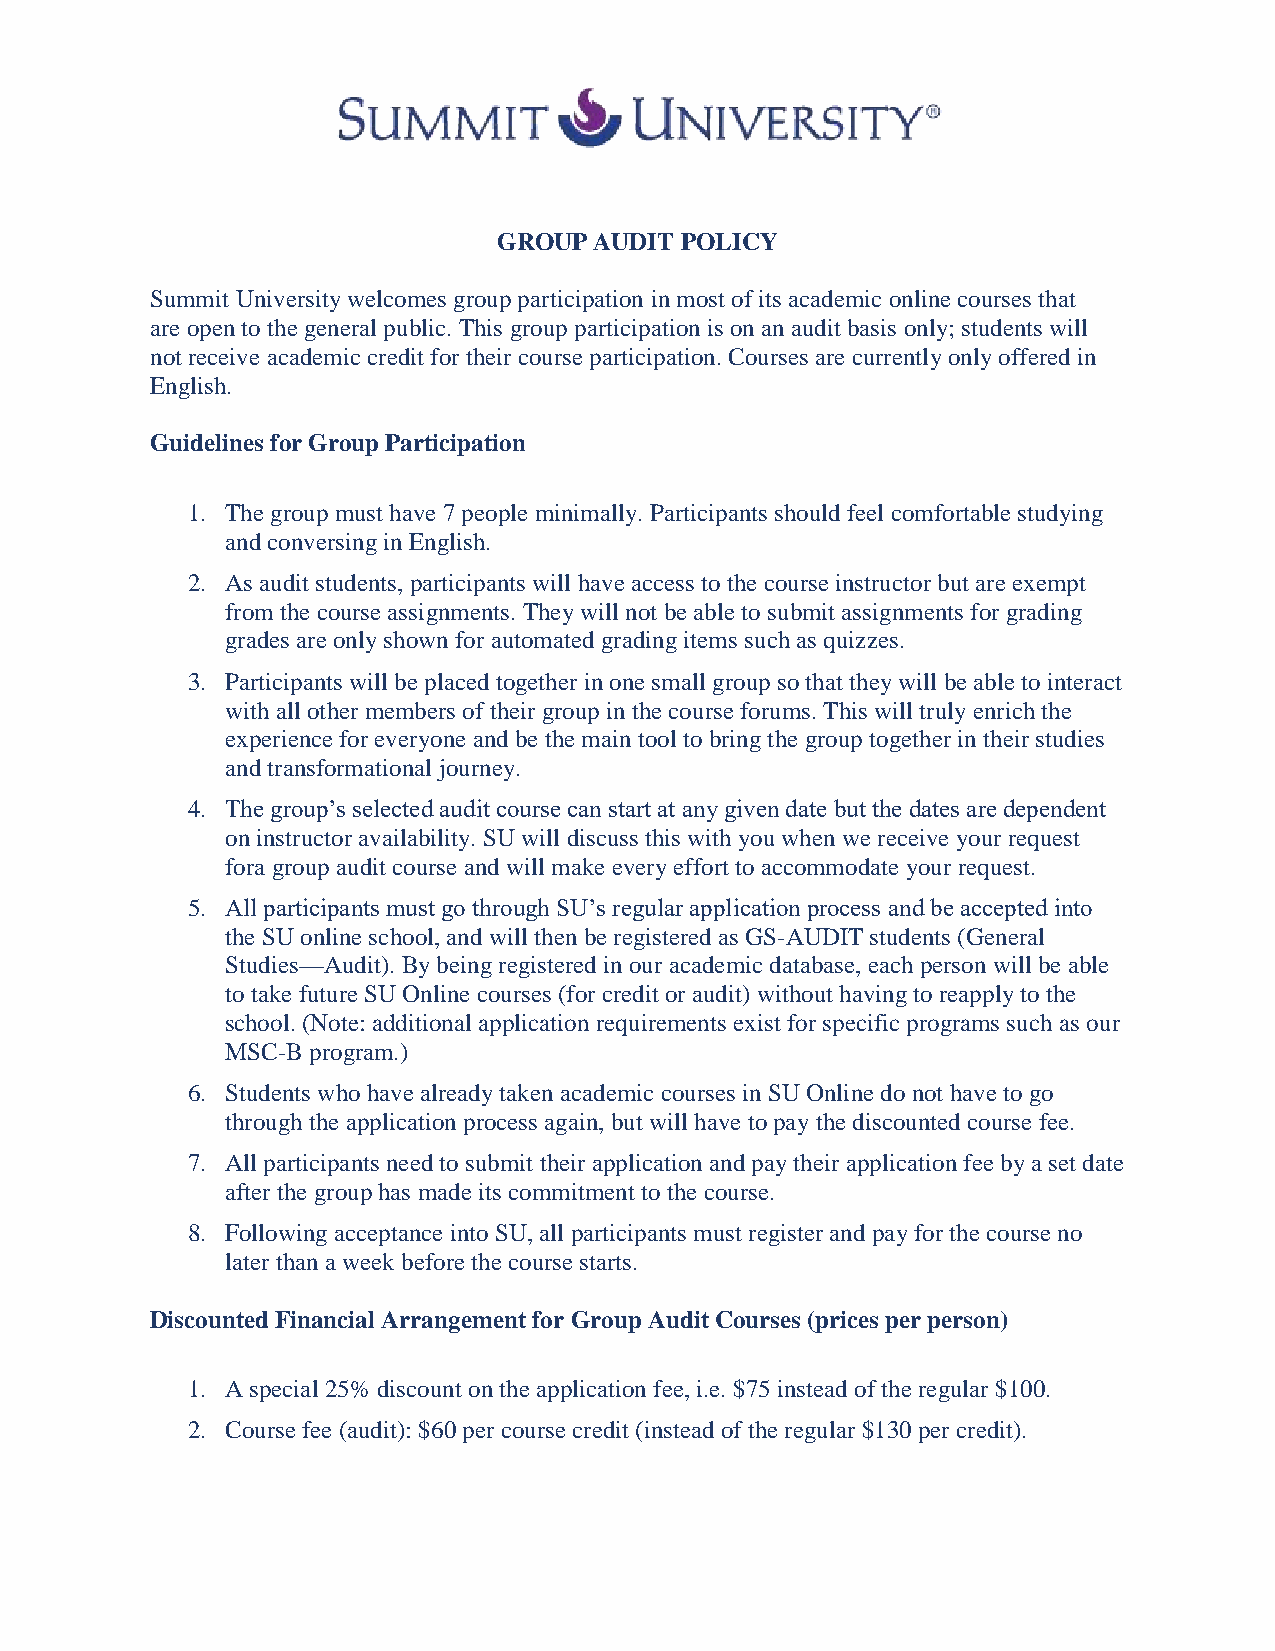
GROUP AUDIT POLICY
 Summit University welcomes group participation in most of its academic online courses that
 are open to the general public. This group participation is on an audit basis only; students will
 not receive academic credit for their course participation. Courses are currently only offered in
 English.
 Guidelines for Group Participation
 1. The group must have 7 people minimally. Participants should feel comfortable studying
 and conversing in English.
 2. As audit students, participants will have access to the course instructor but are exempt
 from the course assignments. They will not be able to submit assignments for grading
 grades are only shown for automated grading items such as quizzes.
 3. Participants will be placed together in one small group so that they will be able to interact
 with all other members of their group in the course forums. This will truly enrich the
 experience for everyone and be the main tool to bring the group together in their studies
 and transformational journey.
 4. The group’s selected audit course can start at any given date but the dates are dependent
 on instructor availability. SU will discuss this with you when we receive your request
 fora group audit course and will make every effort to accommodate your request.
 5. All participants must go through SU’s regular application process and be accepted into
 the SU online school, and will then be registered as GS-AUDIT students (General
 Studies—Audit). By being registered in our academic database, each person will be able
 to take future SU Online courses (for credit or audit) without having to reapply to the
 school. (Note: additional application requirements exist for specific programs such as our
 MSC-B program.)
 6. Students who have already taken academic courses in SU Online do not have to go
 through the application process again, but will have to pay the discounted course fee.
 7. All participants need to submit their application and pay their application fee by a set date
 after the group has made its commitment to the course.
 8. Following acceptance into SU, all participants must register and pay for the course no
 later than a week before the course starts.
 Discounted Financial Arrangement for Group Audit Courses (prices per person)
 1. A special 25% discount on the application fee, i.e. $75 instead of the regular $100.
 2. Course fee (audit): $60 per course credit (instead of the regular $130 per credit).